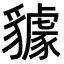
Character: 𧴘